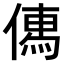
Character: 𠍶